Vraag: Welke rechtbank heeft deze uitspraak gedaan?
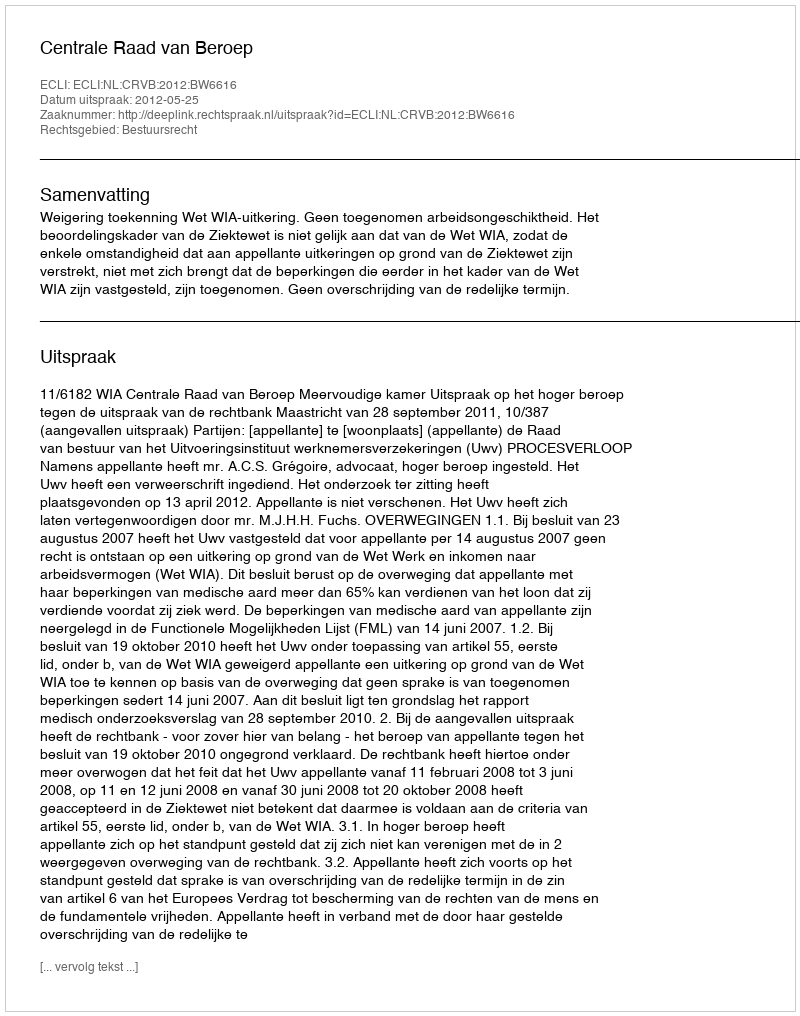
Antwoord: Centrale Raad van Beroep